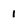
Character: 1